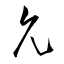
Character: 允